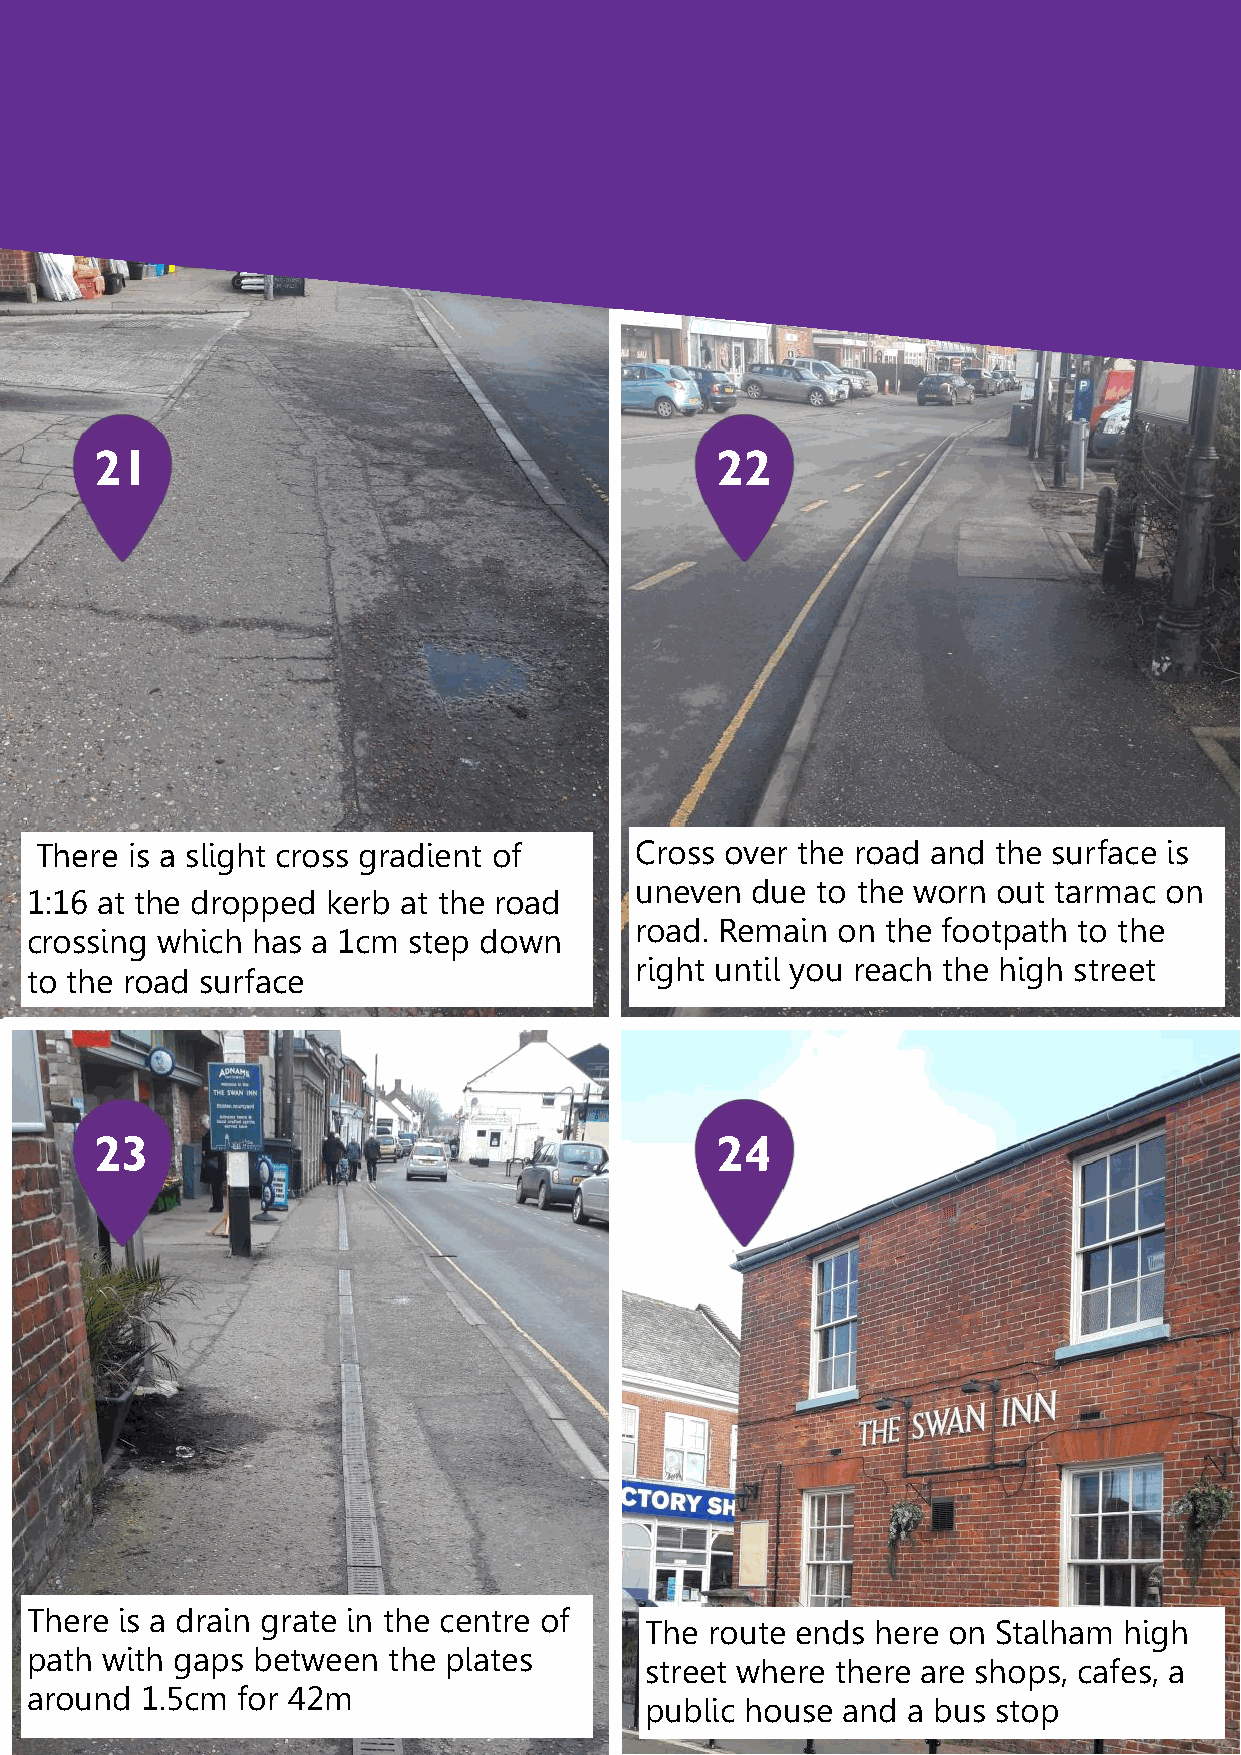
21                                       22
 There is a slight cross gradient of     Cross over the road and the surface is
 uneven  due to the worn out tarmac on
 1:16 at the dropped kerb at the road
 road. Remain on  the footpath to the
 crossing which has a 1cm step down
 right until you reach the high street
 to the road surface
 23                                       24
 There is a drain grate in the centre of
 The route ends here on Stalham high
 path with gaps between  the plates
 street where there are shops, cafes, a
 around 1.5cm  for 42m                 11
 public house and a bus stop